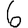
Digit: 6